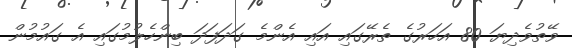
ވޭތުވެދިޔަ 80 އަހަރުގެ ތެރޭގައި އައި އެންމެ ގަދަފަދަ ބިންހެލުމުގައި އެ ގައުމުން